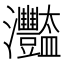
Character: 𤅿